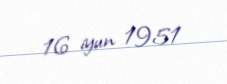
16 iyun 1951